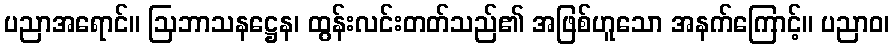
ပညာအရောင်။ ဩဘာသနဋ္ဌေန၊ ထွန်းလင်းတတ်သည်၏ အဖြစ်ဟူသော အနက်ကြောင့်။ ပညာဝ၊